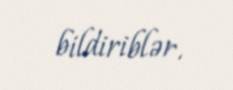
bildiriblər.